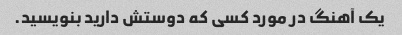
یک آهنگ در مورد کسی که دوستش دارید بنویسید.